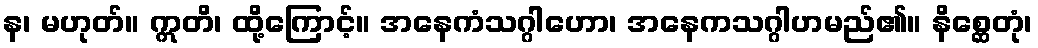
န၊ မဟုတ်။ ဣတိ၊ ထို့ကြောင့်။ အနေကံသဂ္ဂါဟော၊ အနေကသဂ္ဂါဟမည်၏။ နိစ္ဆေတုံ၊